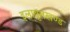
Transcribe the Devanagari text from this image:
इलावृतखण्ड